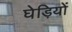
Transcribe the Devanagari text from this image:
घेड़ियों